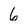
Character: 6